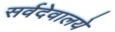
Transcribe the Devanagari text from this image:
सर्वदेवालये